Reports on military cantonments and civil stations in the Presidency of Bombay inspected by the Sanitary Commissioner in the years 1875 and 1876
Year: 1875
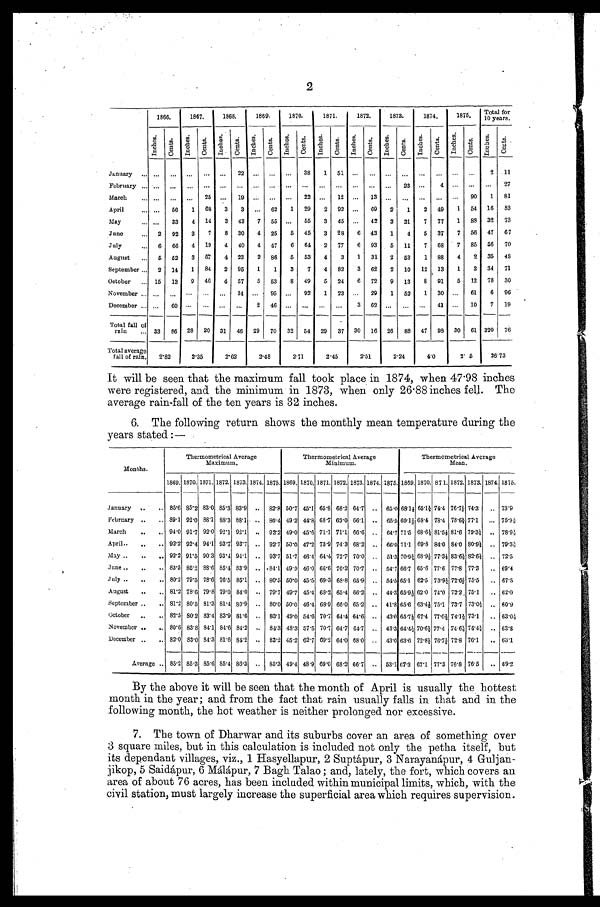
2
1866.
1867.
1868.
1869.
1870.
1871.
1872.
1873.
1874.
1875.
Total for 10 years.
Inches.
C e n t s .
I n c h e s .
C e n t s .
I n c h e s .
C e n t s .
I n c h e s .
C e n t s .
I n c h e s .
C e n t s .
I n c h e s .
C e n t s .
I n c h e s .
C e n t s .
I n c h e s .
Cent s.
I n c h e s .
Ce nt s .
I n c h e s .
C e n t s .
I nches.
C e n t s .
January . . .
. . .
. . .
. . .
. . .
. . .
22
. . .
. . .
. . .
38
1
51
. . .
. . . . . . . . .
. . .. . .
. . .
. . .
2
11
February . . .
. . .
. . .
. . .
. . .
. . .
. . .
. . .
. . .
. . .
. . .
. . .
. . .
. . .
. . . . . . 23
. . .4
. . .
. . .
. . .
2 7
March . . . . . .
. . .
. . .
25
. . .
19
. . .
. . .
. . .
22
. . .
12
. . .
13
. . .
. . .
. . . . . .
. . .
90
1
81
April . . .
. . .
56
1
68
3
3
. . .
62
1
29
2
92
. . .
69
2
1
2
49
1
54
16
83
May . . . . . .
33
4
14
3
43
7
55
. . .
55
3
45
. . .
42
3
21
7
77
1
88
32
73
June . . . 2
92
3
7
8
30
4
25
5
45
3
28
6
43
1
4
5
37
7
56
47
67
July . . .
6
66
4
19
4
40
4
47
6
64
2
77
6
93
5
11
7
68
7
85
56
70
August . . .
5
52
3
57
4
23
2
86
5
53
4
3
1
31
2
53
1
88
4
2
35
4 8
September . . .
2
14
1
84
2
95
1
1
3
7
4
82
3
62
2
10
12 13
1
3
34
71
October . . . 15
13
9
46
4
57
5
53
8
49
5
24
6
72
9
13
8
91
5
12
78
30
November . . . . . .
. . .
. . .
. . .
. . .
14
. . .
95
. . .
92
1
23
. . .
29
1
52
1
30
. . .
61
6
96
December . . . . . .
60
. . .
. . .
. . .
. . .
2
46
. . .
. . .
. . .
. . .
3
62
. . .
. . .
. . .
41
. . .
10
7
19
Total fall of
rain . . . 33
86
28
20
31
46
29
70
32
54
29
37
30
16
26
88
47
98
30
61 320
76
Total average
fall of rain.
2.82
2.35
2.62
2.48
2.71
2.45
2.51
2.24
4.0
2.5
26.73
It will be seen that the maximum fall took place in 1874, when 47.98 inches
were registered, and the minimum in 1873, when only 26.88 inches fell. The
average rain-fall of the ten years is 32 inches.
6. The following return shows the monthly mean temperature during the
years stated :—
Months.
Thermometrical Average
Maximum.
Thermometrical Average
Minimum.
Thermometrical Average
Mean.
1869. 1870. 1871. 1872. 1873. 1874. 1875. 1869. 1870. 1871. 1872. 1873. 1874. 1875. 1869. 1870. 871. 1872. 1873. 1874. 1875.
January . . . 85.6 85.2 83.0 85.3 83.9
. . .
82.8 50.7 45.1 65.8 68.2 64.7
. . .
65.0 68.1½ 65.1½ 74.4 76.7½ 74.3
. . . 73.9
February . . . 89.1 92.0 88.1 88.3 88.1
. . .
86.4 49.2 44.8 68.7 69.0 66.1
. . .
65.5 69.1½ 68.4 78.4 78.6½ 77.1
. . . 7 5 . 9 ½
March . . . 94.0 91.7 92.0 92.1 92.1
. . .
93.2 49.0 45.6 71.1 71.1 6.6
. . .
64. 7 71.5 68.6½ 81.5½ 81.6 79.3½
. . . 78. . 9½
April. . . . 92.2 92.4 94.1 93.7 93.7
. . .
92.7 50.0 47.2 73.9 74.3 68.2
. . .
66.0 71.1 69.8 84.0 84.0 800.9½
. . . 7 9 . 3 ½
May . . . 92.2 91.5 90.3 93.4 94.1
. . .
93.7 51.7 46.4 64.4 72.7 70.0
. . .
51.3 70.9½ 68.9½ 77.3½ 83.6½ 82.6½
. . . 72.5
June . . . 83.5 85.2 88.6 85.4 83.9
. . .
84.1 49.9 46.0 66.6 70.2 70.7
. . .
54.7 66.7 65.6 77.6 77.8 77.3
. . . 69.4
July . . . 80.2 79.5 78.6 76.5 85.1
. . .
80.5 50.0 45.5 69.3 68.8 65.9
. . .
54.5 65.1 62.5 73.9½ 72.6½ 75.5
. . . 67.5
August . . . 81.2 78.6 79.8 79.0 84.0
. . .
79.7 49. 7 45.4 68.2 65.4 66.2
. . .
44.3
6 5 . 9 ½ 62.0 74.0 72.2 75.1
. . . 62.0
September. . . 81.2 80.5 81.3 81.4 80.9
. . .
80.0 50.0 46.4 68.9 66.0 65.2
. . .
41.8 65.6 63.4½ 75.1 73.7 73.0½
. . . 6 0 . 9
October . . . 82.5 80.2 83.4 83.9 81.6
. . .
83.1 49.0 54.6 70.7 64.4 64.6
. . .
43.0 65.7½ 67.4 77.0½ 74.1½ 73.1
. . . 6 3 . 0 ½
November . . . 80.6 83.8 84.1 84.6 84.2
. . .
84.3 48.3 57.5 70.7 64.7 64.7
. . .
43.3 64.4½ 70.6½ 77.4 74.6½ 74.4½
. . . 6 3 . 8
December . . . 82.0 83.0 84.3 81.6 84.2
. . .
83.2 45.2 62.7 69.2 64.0 68.0
. . . 43.0 63.6 72.8½ 76.7½ 72.8 76.1
. . . 6 3 . 1
Average . . . 85.2 85.3 85.6 85.4 86.3
. . .
85.3 49.4 48.9 69.0 68.2 66.7
. . .
53.1 67.3 67.1 77.3 76.8 76.5
69.2
By the above it will be seen that the month of April is usually the hottest
month in the year; and from the fact that rain usually falls in that and in the
following month, the hot weather is neither prolonged nor excessive.
7. The town of Dharwar and its suburbs cover an area of something over
3 square miles, but in this calculation is included not only the petha itself, but
its dependant villages, viz., 1 Hasyellapur, 2 Suptápur, 3 Narayanápur, 4 Guljan
- j i k o p , 5 S a i d á p u r , 6 M á l á p u r , 7 B a g h T a l a o ; a n d , l a t e l y , t h e f o r t , w h i c h c o v e r s a n
area of about 76 acres, has been included within municipal limits, which, with the
civil station, must largely increase the superficial area which requires supervision.